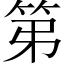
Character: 第